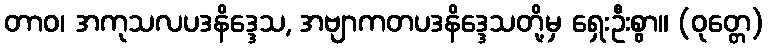
တာဝ၊ အကုသလပဒနိဒ္ဒေသ, အဗျာကတပဒနိဒ္ဒေသတို့မှ ရှေးဦးစွာ။ (ဝုတ္တေ)